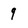
Character: 9